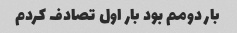
بار دومم بود بار اول تصادف کردم